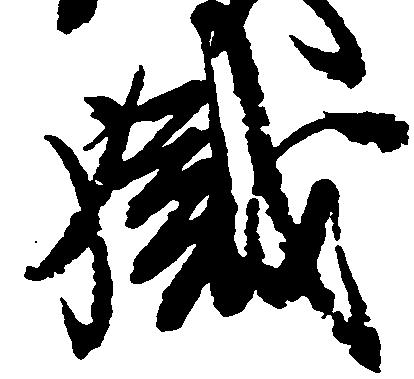
職